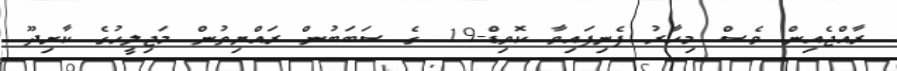
ރާއްޖެއިން ވެސް މިހާރު ފެނިފައިވާ ކޮވިޑް-19 ގެ ސަބަބުން ރައްޔިތުން މަޖިލީހުގެ ކާށިދޫ